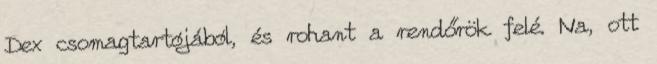
Dex csomagtartójából, és rohant a rendőrök felé. Na, ott